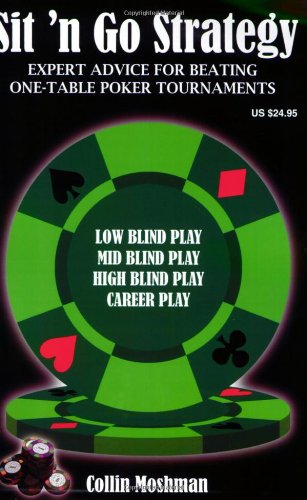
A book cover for Sit 'n Go Strategy; Collin Moshman; Humor & Entertainment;